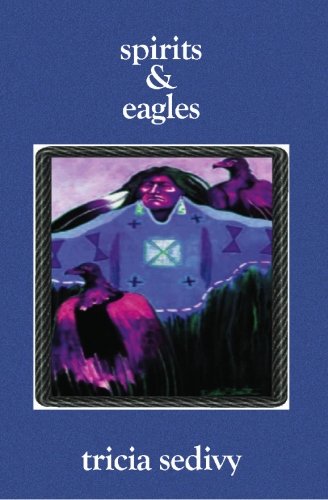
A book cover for Spirits & Eagles; Tricia Sedivy; Teen & Young Adult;